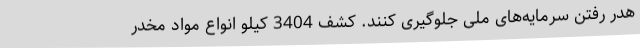
هدر رفتن سرمایه‌های ملی جلوگیری کنند. کشف 3404 کیلو انواع مواد مخدر